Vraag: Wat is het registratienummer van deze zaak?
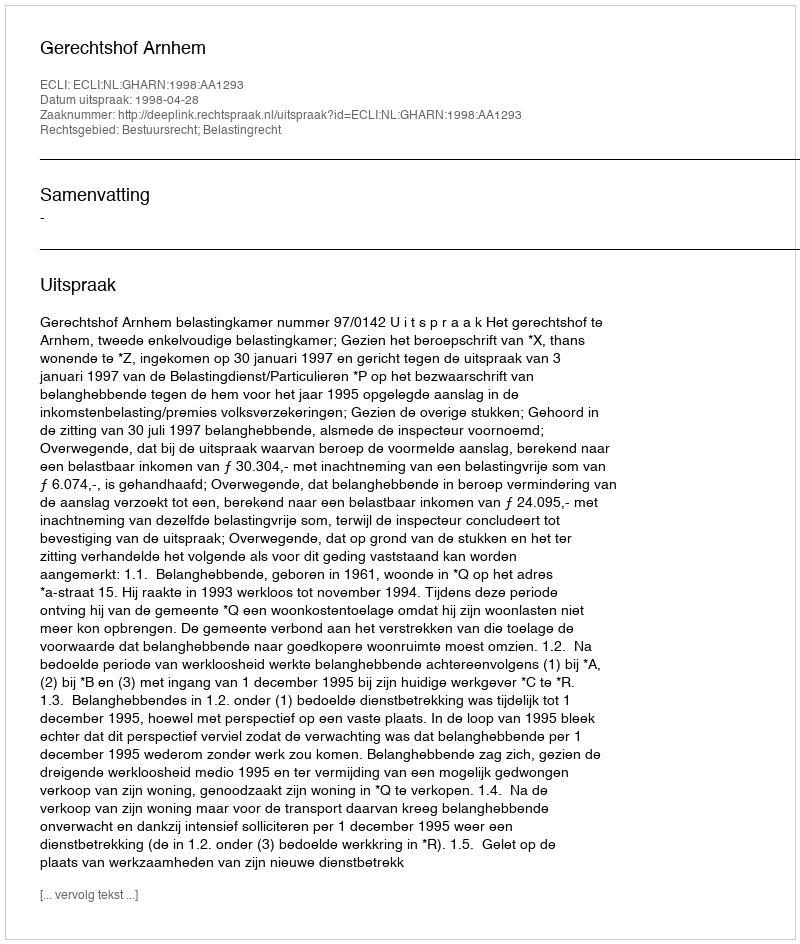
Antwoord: http://deeplink.rechtspraak.nl/uitspraak?id=ECLI:NL:GHARN:1998:AA1293